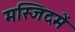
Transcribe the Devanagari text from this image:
मस्जिदमें